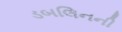
ડબલિનની